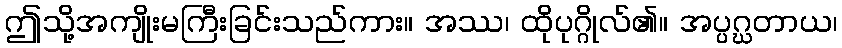
ဤသို့အကျိုးမကြီးခြင်းသည်ကား။ အဿ၊ ထိုပုဂ္ဂိုလ်၏။ အပ္ပဂ္ဃတာယ၊